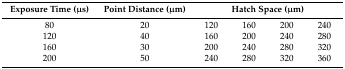
<table><thead><tr><td><b>Exposure Time (μs)</b></td><td><b>Point Distance (μm)</b></td><td colspan="4"><b>Hatch Space (μm)</b></td></tr></thead><tbody><tr><td>80</td><td>20</td><td>120</td><td>160</td><td>200</td><td>240</td></tr><tr><td>120</td><td>40</td><td>160</td><td>200</td><td>240</td><td>280</td></tr><tr><td>160</td><td>30</td><td>200</td><td>240</td><td>280</td><td>320</td></tr><tr><td>200</td><td>50</td><td>240</td><td>280</td><td>320</td><td>360</td></tr></tbody></table>